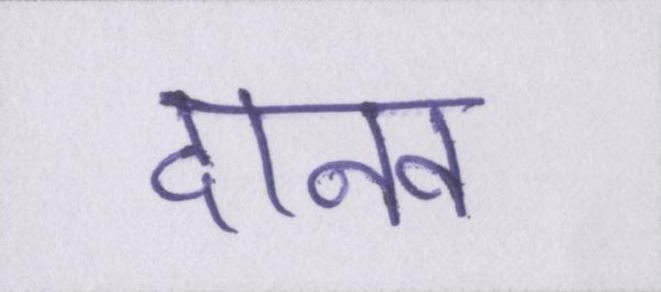
दानव